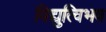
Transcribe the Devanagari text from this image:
विद्युत्विभव